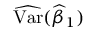
{ \widehat { \operatorname { V a r } } } ( { \widehat { \beta } } _ { 1 } )